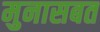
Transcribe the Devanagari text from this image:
मुनासबत